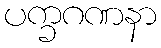
ပက္ခဂဏနာ